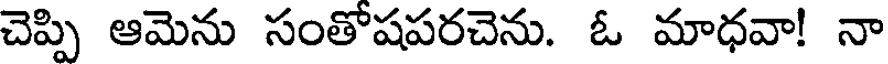
చెప్పి ఆమెను సంతోషపరచెను. ఓ మాధవా! నా